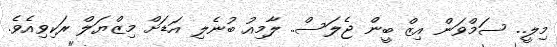
މިލީ.. ސަމްވަން އިޒް ބީން ޖެލަސް.. ލާމިއު ބުނެލި އަޑަށް މިޒްޔަލް ރަކިވިއެވެ.